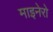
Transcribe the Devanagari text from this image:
माइनेरो